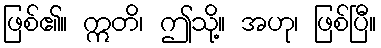
ဖြစ်၏။ ဣတိ၊ ဤသို့။ အဟု၊ ဖြစ်ပြီ။